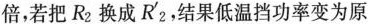
倍，若把R_{2}换成R'_{ 2}，结果低温挡功率变为原来的一半，则R'_{2}= R_{1}。